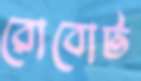
রোবোট